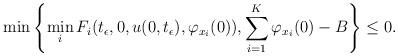
LaTeX: \begin{align*}\min \left\{ \min_{i} F_{i}(t_{\epsilon},0,u(0,t_{\epsilon}),\varphi_{x_{i}}(0)), \sum_{i = 1}^{K} \varphi_{x_{i}}(0) - B \right\} \leq 0.\end{align*}